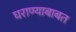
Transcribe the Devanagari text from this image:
घराण्याबाबत